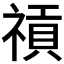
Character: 𥛌